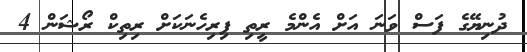
ދުނިޔޭގެ ފަސް ވަނަ އަށް އެންމެ ރީތި ފިރިހެނަކަށް ރިތިކް ރޯޝަން 4